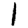
Digit: 1